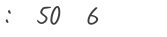
:  50  6